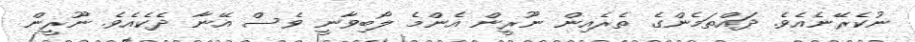
ނުކެރޭނެއެވެ. ދައްތަމެންގެ ތެރެއިން ނޫރީން އެންމެ ލޯބިވާނީ ވެސް އޭނާ ދެކެއެވެ. ނޫރީން